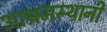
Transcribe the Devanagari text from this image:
आश्रमस्थानी